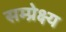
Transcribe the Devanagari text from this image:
सम्प्रेक्ष्य